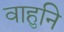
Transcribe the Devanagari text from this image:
वाहुनि